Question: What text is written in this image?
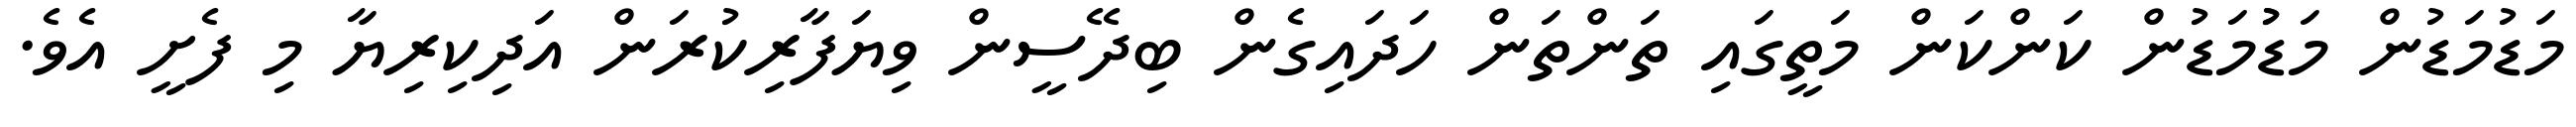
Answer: މަޑުމަޑުން މަޑުުމަޑުން ކަންކަން މަތީގައި ތަންތަން ހަދައިގެން ބިދޭސީން ވިޔަފާރިކުރަން އަދިކިރިޔާ މި ފެށީ އެވެ.